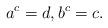
LaTeX: \begin{align*}a^c = d, b^c = c. \end{align*}